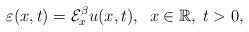
LaTeX: \begin{align*}\varepsilon (x,t)=\mathcal{E}_{x}^{\beta }u(x,t),\;\;x\in \mathbb{R},\;t>0,\end{align*}